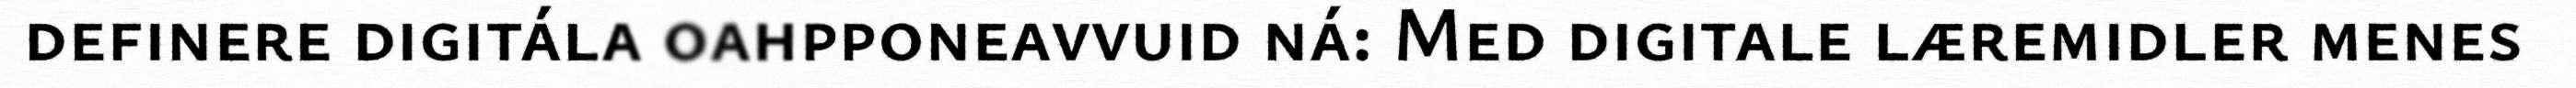
definere digitála oahpponeavvuid ná: Med digitale læremidler menes